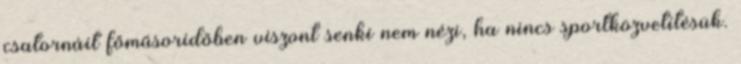
csatornáit főműsoridőben viszont senki nem nézi, ha nincs sportközvetítésük.